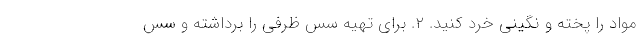
مواد را پخته و نگینی خرد کنید. ۲. برای تهیه سس ظرفی را برداشته و سس